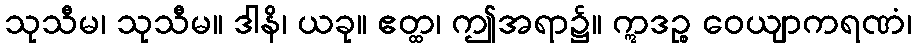
သုသီမ၊ သုသီမ။ ဒါနိ၊ ယခု။ ဧတ္ထ၊ ဤအရာ၌။ ဣဒဉ္စ ဝေယျာကရဏံ၊